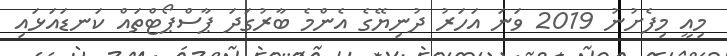
މިއީ މިފެށުނު 2019 ވަނަ އަހަރު ދުނިޔޭގެ އެންމެ ބާރުގަދަ ޕާސްޕޯޓްތައް ކަނޑައަޅައި